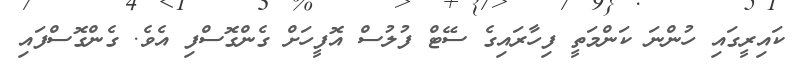
ކައިރީގައި ހުންނަ ކަންމަތީ ފިހާރައިގެ ސޭޓް ފުލުސް އޮފީހަށް ގެންގޮސްފި އެވެ. ގެންގޮސްފައި